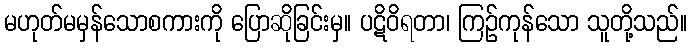
မဟုတ်မမှန်သောစကားကို ပြောဆိုခြင်းမှ။ ပဋိဝိရတာ၊ ကြဉ်ကုန်သော သူတို့သည်။